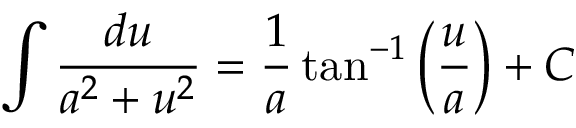
\int { \frac { d u } { a ^ { 2 } + u ^ { 2 } } } = { \frac { 1 } { a } } \tan ^ { - 1 } \left( { \frac { u } { a } } \right) + C